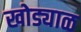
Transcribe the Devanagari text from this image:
खोड्याळ